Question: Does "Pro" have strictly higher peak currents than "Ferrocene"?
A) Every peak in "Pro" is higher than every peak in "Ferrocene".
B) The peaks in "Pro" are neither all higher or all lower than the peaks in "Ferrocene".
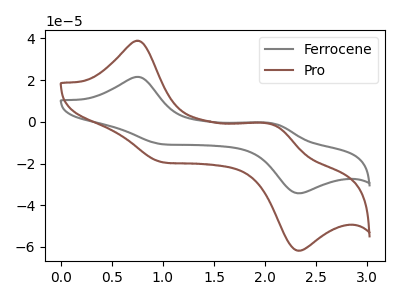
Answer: <think>The gray curve "Ferrocene" has anodic peaks at (0.75V, 21.55uA) (2.05V, -0.70uA) and cathodic peaks at (1.00V, -10.85uA) (2.35V, -34.25uA). The brown curve "Pro" has anodic peaks at (0.75V, 38.85uA) (2.05V, -1.25uA) and cathodic peaks at (1.00V, -19.55uA) (2.35V, -61.75uA).</think>
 <answer>B) The peaks in "Pro" are neither all higher or all lower than the peaks in "Ferrocene".</answer>
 <eval>B</eval>